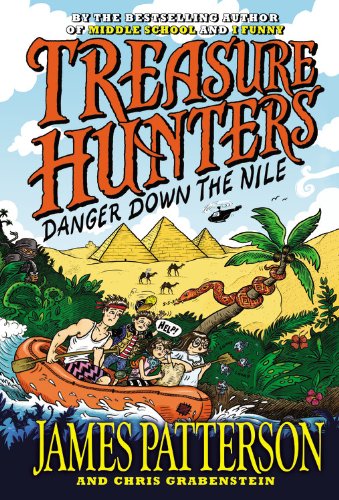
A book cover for Treasure Hunters: Danger Down the Nile; James Patterson; Children's Books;